Vaccination in Bombay 1863-1868 - 1863-1868
Year: 1863
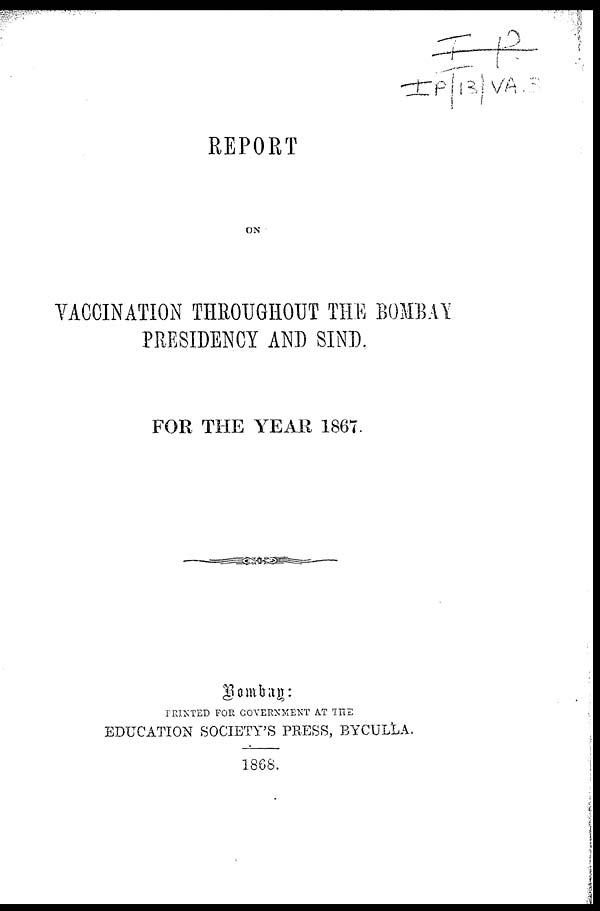
REPORT
ON
VACCINATION THROUGHOUT THE BOMBAY
PRESIDENCY AND SIND
FOR THE YEAR 1867.
Bombay:
PRINTED FOR GOVERNMENT AT THE
EDUCATION SOCIETY'S PRESS, BYCULLA.
1868.